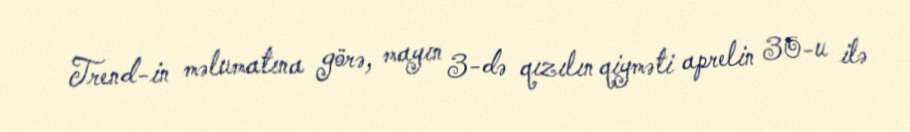
Trend-in məlumatına görə, mayın 3-də qızılın qiyməti aprelin 30-u ilə